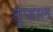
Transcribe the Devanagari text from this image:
तुफाल